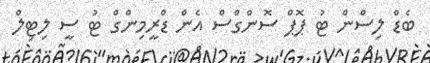
ބެޑް ލިސްން ޓު ޕޮޕް ސޮންގްސް އެން ޑްރީމިންގް ޓު ސީ ލިޓިލް